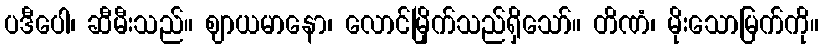
ပဒီပေါ၊ ဆီမီးသည်။ ဈာယမာနော၊ လောင်မြိုက်သည်ရှိသော်။ တိဏံ၊ မိုးသောမြက်ကို။